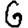
Digit: 6